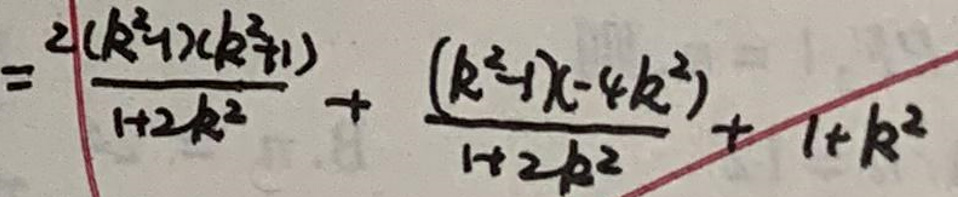
\[
= \frac{2(k^2 - 1)(k^2 + 1)}{1 + 2k^2} + \frac{(k^2 - 1)(k - 4k^2)}{1 + 2k^2} + \frac{1}{1 + k^2}
\]